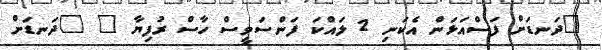
"ދަނޑަށް ފަސްއަޅަން އެކަނި 2 ލައްކަ ފަންސަވީސް ހާސް ރުފިޔާ " "ދަނޑަށް